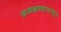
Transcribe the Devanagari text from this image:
अध्यक्षपदापासून